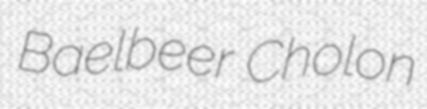
Baelbeer Cholon